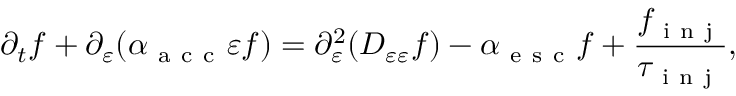
\partial _ { t } f + \partial _ { \varepsilon } ( \alpha _ { \mathrm { ~ a ~ c ~ c ~ } } \varepsilon f ) = \partial _ { \varepsilon } ^ { 2 } ( D _ { \varepsilon \varepsilon } f ) - \alpha _ { \mathrm { ~ e ~ s ~ c ~ } } f + \frac { f _ { \mathrm { ~ i ~ n ~ j ~ } } } { \tau _ { \mathrm { ~ i ~ n ~ j ~ } } } ,